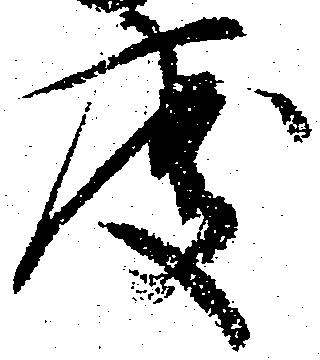
度